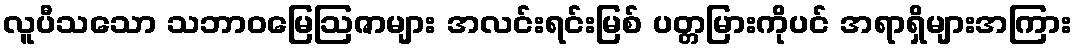
လူပီသသော သဘာဝမြေဩဇာများ အလင်းရင်းမြစ် ပတ္တမြားကိုပင် အရာရှိများအကြား